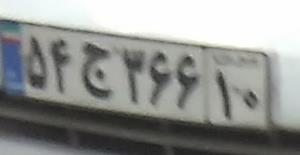
۵۴ج۳۶۶۱۰